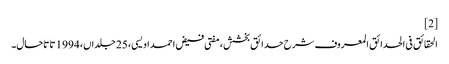
[2]
الحقائق فی الحدائق المعروف شرح حدائق بخشش، مفتی فیض احمد اویسی، 25 جلداں، 1994 تا تاحال۔